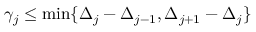
\gamma _ { j } \leq \operatorname* { m i n } \{ \Delta _ { j } - \Delta _ { j - 1 } , \Delta _ { j + 1 } - \Delta _ { j } \}